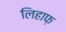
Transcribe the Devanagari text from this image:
लिहाफ़